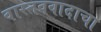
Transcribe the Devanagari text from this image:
वास्तववादाचा